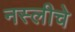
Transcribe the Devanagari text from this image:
नस्लीचे